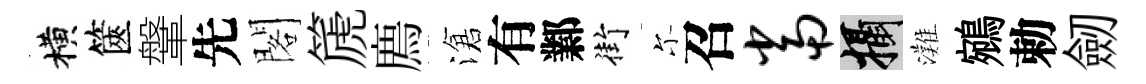
横篋鞶先閣篪廌滄有鄴街尓召当攝灘鵷勅劒